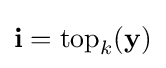
\mathbf {i} ={\text{top}}_{k}(\mathbf {y} )